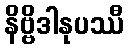
နိဗ္ဗိဒါနုပဿီ